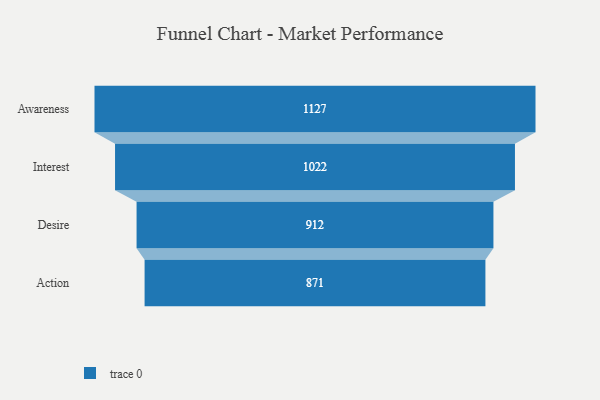
{"axis": {"x": "Stage", "y": "Value"}, "legend": [""], "data": [{"x": "Awareness", "y": 1127.0, "type": ""}, {"x": "Interest", "y": 1022.0, "type": ""}, {"x": "Desire", "y": 912.0, "type": ""}, {"x": "Action", "y": 871.0, "type": ""}]}